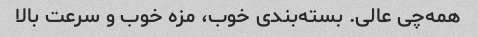
همه‌چی عالی. بسته‌بندی خوب، مزه خوب و سرعت بالا